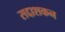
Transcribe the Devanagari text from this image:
सद्दाशकन